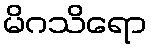
မိဂသိရော